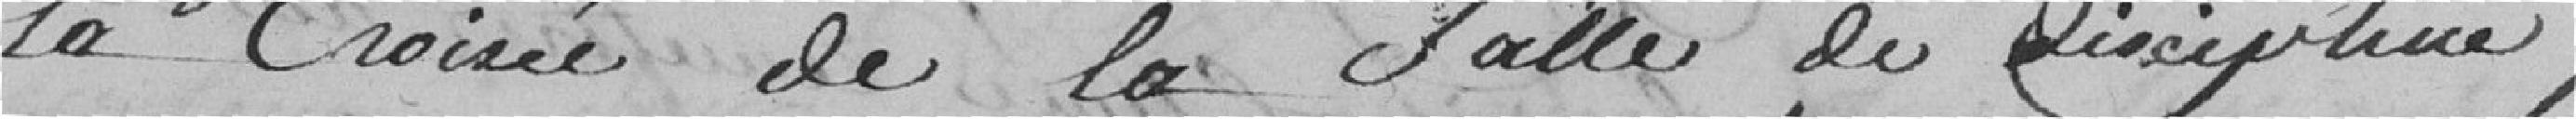
la croisée de la salle de discipline,